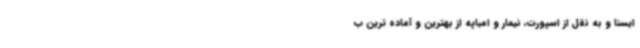
ایسنا و به نقل از اسپورت، نیمار و امباپه از بهترین و آماده ترین ب